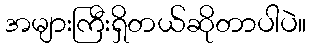
အများကြီးရှိတယ်ဆိုတာပါပဲ။